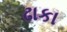
ઢાકા